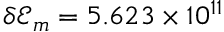
\delta \mathcal { E } _ { m } = 5 . 6 2 3 \times 1 0 ^ { 1 1 }